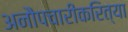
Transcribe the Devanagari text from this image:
अनौपचारीकरित्या